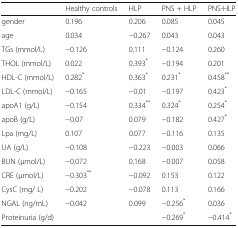
<table><thead><tr><td>[EMPTY_CELL]</td><td><b>Healthy controls</b></td><td><b>HLP</b></td><td><b>PNS + HLP</b></td><td><b>PNS-HLP</b></td></tr></thead><tbody><tr><td>gender</td><td>0.196</td><td>0.206</td><td>0.085</td><td>0.045</td></tr><tr><td>age</td><td>0.034</td><td>−0.267</td><td>0.043</td><td>0.043</td></tr><tr><td>TGs (mmol/L)</td><td>−0.126</td><td>0.111</td><td>−0.124</td><td>0.260</td></tr><tr><td>THOL (mmol/L)</td><td>0.022</td><td>0.393<sup>*</sup></td><td>−0.194</td><td>0.201</td></tr><tr><td>HDL-C (mmol/L)</td><td>0.282<sup>*</sup></td><td>0.363<sup>*</sup></td><td>0.231<sup>*</sup></td><td>0.458<sup>**</sup></td></tr><tr><td>LDL-C (mmol/L)</td><td>−0.165</td><td>−0.01</td><td>−0.197</td><td>0.423<sup>*</sup></td></tr><tr><td>apoA1 (g/L)</td><td>−0.154</td><td>0.334<sup>**</sup></td><td>0.324<sup>*</sup></td><td>0.254<sup>*</sup></td></tr><tr><td>apoB (g/L)</td><td>−0.07</td><td>0.079</td><td>−0.182</td><td>0.427<sup>*</sup></td></tr><tr><td>Lpa (mg/L)</td><td>0.107</td><td>0.077</td><td>−0.116</td><td>0.135</td></tr><tr><td>UA (g/L)</td><td>−0.108</td><td>−0.223</td><td>−0.003</td><td>0.066</td></tr><tr><td>BUN (μmol/L)</td><td>−0.072</td><td>0.168</td><td>−0.007</td><td>0.058</td></tr><tr><td>CRE (μmol/L)</td><td>−0.303<sup>**</sup></td><td>−0.092</td><td>0.153</td><td>0.122</td></tr><tr><td>CysC (mg/ L)</td><td>−0.202</td><td>−0.078</td><td>0.113</td><td>0.166</td></tr><tr><td>NGAL (ng/mL)</td><td>−0.042</td><td>0.099</td><td>−0.256<sup>*</sup></td><td>0.036</td></tr><tr><td>Proteinuria (g/d)</td><td>[EMPTY_CELL]</td><td>[EMPTY_CELL]</td><td>−0.269<sup>*</sup></td><td>−0.414<sup>*</sup></td></tr></tbody></table>